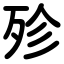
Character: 殄